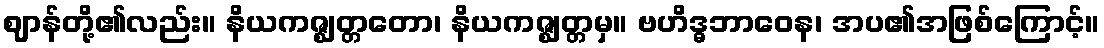
ဈာန်တို့၏လည်း။ နိယကဇ္ဈတ္တတော၊ နိယကဇ္ဈတ္တမှ။ ဗဟိဒ္ဓဘာဝေန၊ အပ၏အဖြစ်ကြောင့်။